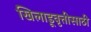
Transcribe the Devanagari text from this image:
खिलाडूवृत्तीसाठी